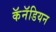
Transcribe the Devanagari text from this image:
कॅनॅडियन